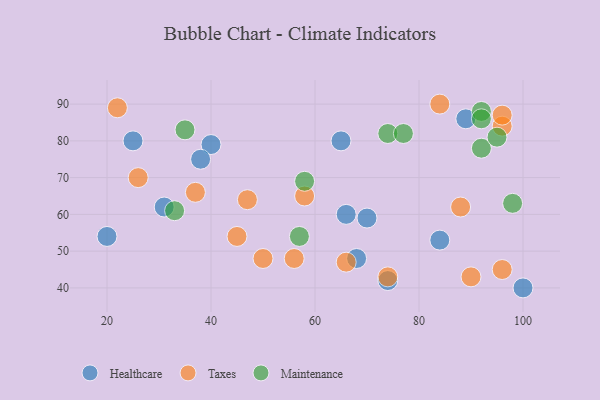
{"axis": {"x": "GDP", "y": "Life Expectancy"}, "legend": ["Healthcare", "Maintenance", "Taxes"], "data": [{"x": "100", "y": 40, "type": "Healthcare"}, {"x": "40", "y": 79, "type": "Healthcare"}, {"x": "38", "y": 75, "type": "Healthcare"}, {"x": "25", "y": 80, "type": "Healthcare"}, {"x": "66", "y": 60, "type": "Healthcare"}, {"x": "65", "y": 80, "type": "Healthcare"}, {"x": "68", "y": 48, "type": "Healthcare"}, {"x": "20", "y": 54, "type": "Healthcare"}, {"x": "74", "y": 42, "type": "Healthcare"}, {"x": "89", "y": 86, "type": "Healthcare"}, {"x": "84", "y": 53, "type": "Healthcare"}, {"x": "31", "y": 62, "type": "Healthcare"}, {"x": "70", "y": 59, "type": "Healthcare"}, {"x": "26", "y": 70, "type": "Taxes"}, {"x": "37", "y": 66, "type": "Taxes"}, {"x": "66", "y": 47, "type": "Taxes"}, {"x": "22", "y": 89, "type": "Taxes"}, {"x": "74", "y": 43, "type": "Taxes"}, {"x": "50", "y": 48, "type": "Taxes"}, {"x": "56", "y": 48, "type": "Taxes"}, {"x": "58", "y": 65, "type": "Taxes"}, {"x": "84", "y": 90, "type": "Taxes"}, {"x": "45", "y": 54, "type": "Taxes"}, {"x": "47", "y": 64, "type": "Taxes"}, {"x": "96", "y": 84, "type": "Taxes"}, {"x": "96", "y": 45, "type": "Taxes"}, {"x": "90", "y": 43, "type": "Taxes"}, {"x": "88", "y": 62, "type": "Taxes"}, {"x": "96", "y": 87, "type": "Taxes"}, {"x": "35", "y": 83, "type": "Maintenance"}, {"x": "57", "y": 54, "type": "Maintenance"}, {"x": "74", "y": 82, "type": "Maintenance"}, {"x": "92", "y": 78, "type": "Maintenance"}, {"x": "95", "y": 81, "type": "Maintenance"}, {"x": "92", "y": 88, "type": "Maintenance"}, {"x": "92", "y": 86, "type": "Maintenance"}, {"x": "77", "y": 82, "type": "Maintenance"}, {"x": "33", "y": 61, "type": "Maintenance"}, {"x": "98", "y": 63, "type": "Maintenance"}, {"x": "58", "y": 69, "type": "Maintenance"}]}